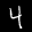
Label: 4